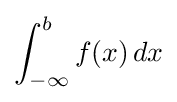
\int _{-\infty }^{b}f(x)\,dx